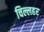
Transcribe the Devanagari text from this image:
चिल्लहर